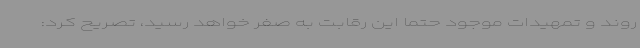
روند و تمهیدات موجود حتما این رقابت به صفر خواهد رسید، تصریح کرد: